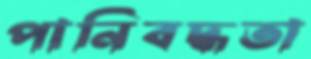
পানিবদ্ধতা